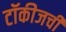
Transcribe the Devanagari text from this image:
टॉकीजची